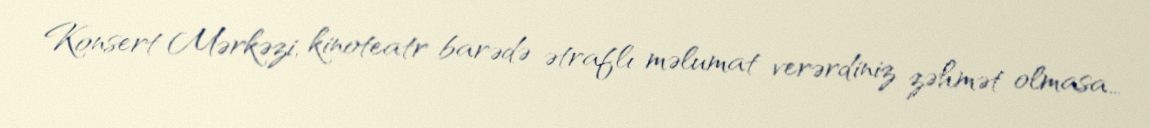
Konsert Mərkəzi, kinoteatr barədə ətraflı məlumat verərdiniz zəhmət olmasa… -